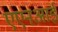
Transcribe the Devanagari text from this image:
एएनआई